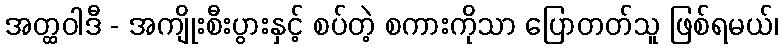
အတ္ထဝါဒီ - အကျိုးစီးပွားနှင့် စပ်တဲ့ စကားကိုသာ ပြောတတ်သူ ဖြစ်ရမယ်၊